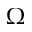
\Omega